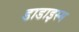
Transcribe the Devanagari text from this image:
डाडाइस्म